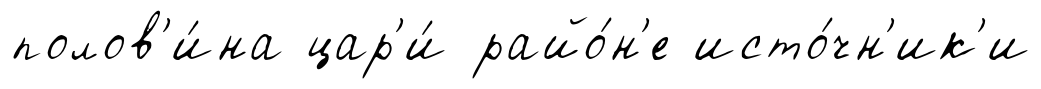
полов'и́на цар'и́ райо́н'е исто́чн'ик'и